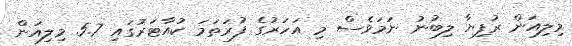
މިލިއަން ރުފިޔާ ލިބުނު ނަމަވެސް މި އަހަރުގެ ފުރަތަމަ ކުއާޓަރުގައި 5.7 މިލިއަން